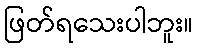
ဖြတ်ရသေးပါဘူး။